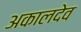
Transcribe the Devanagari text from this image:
अकालदेव